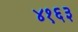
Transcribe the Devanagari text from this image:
४१६३